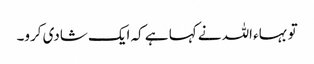
تو بہاء اللہ نے کہا ہے کہ ایک شادی کرو۔